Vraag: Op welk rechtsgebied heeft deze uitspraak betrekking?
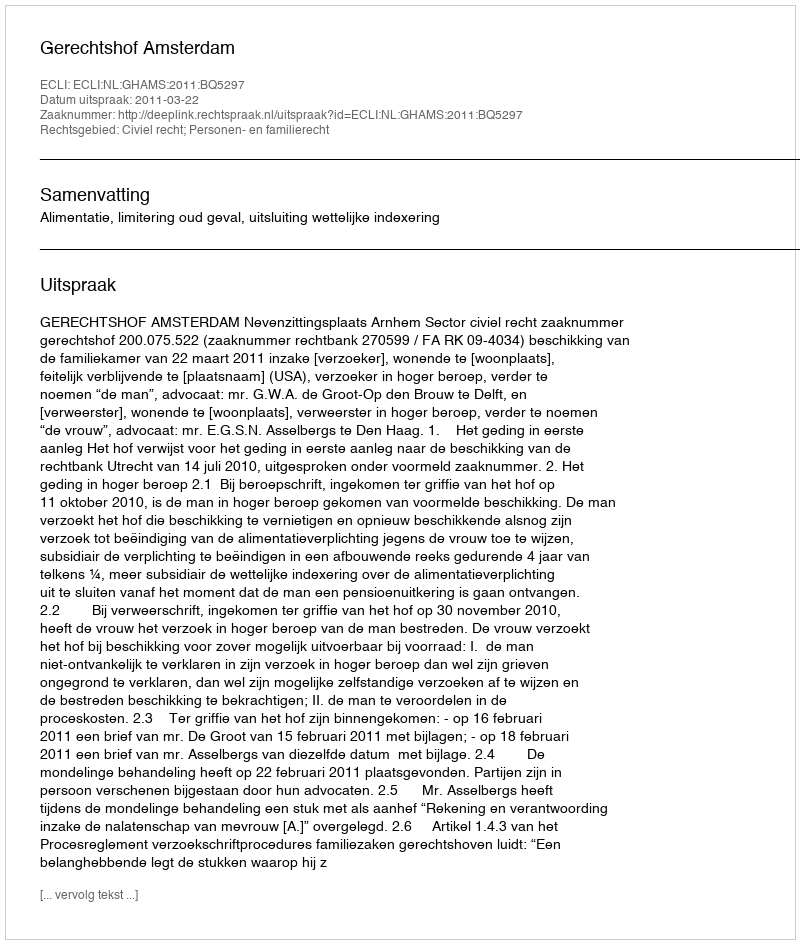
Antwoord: Civiel recht; Personen- en familierecht